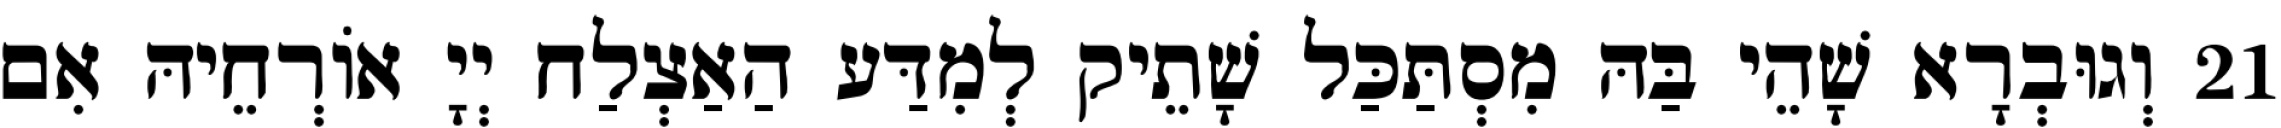
21 וְגוּבְרָא שָׁהֵי בַּהּ מִסְתַּכַּל שָׁתֵיק לְמִדַּע הַאַצְלַח יְיָ אוֹרְחֵיהּ אִם